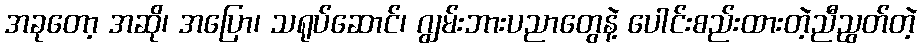
အခုတော့ အဆို၊ အပြော၊ သရုပ်ဆောင်၊ ဂျွမ်းဘားပညာတွေနဲ့ ပေါင်းစည်းထားတဲ့ညီညွတ်တဲ့